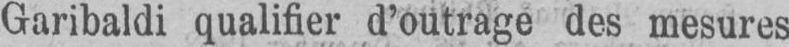
Garibaldi qualifier d’outrage des mesures